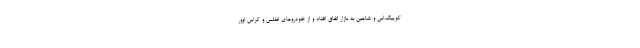
کوییک.اس و شاهين به بازار اتفاق افتاد و از خودروهاي اطلس و كراس اوور